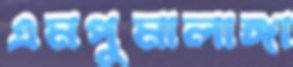
এমপুমালাঙ্গা